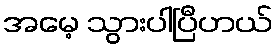
အမေ့ သွားပါပြီဟယ်